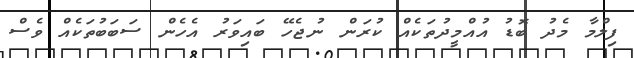
ފިލްމާ މެދު ބޮޑު އުއްމީދުތަކެއް ކުރަން ނުޖެހޭ ބައިވަރު އެހެން ސަބަބުތަކެއް ވެސް